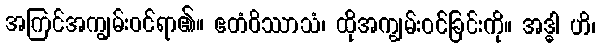
အကြင်အကျွမ်းဝင်ရာ၏။ ဧတံဝိဿာသံ၊ ထိုအကျွမ်းဝင်ခြင်းကို။ အဒ္ဓါ ဟိ၊